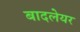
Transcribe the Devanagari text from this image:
बादलेयर